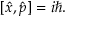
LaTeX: [ { \hat { x } } , { \hat { p } } ] = i \hbar .